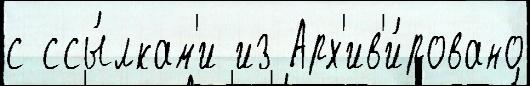
с ссы́лкам'и из Арх'ив'и́ровано